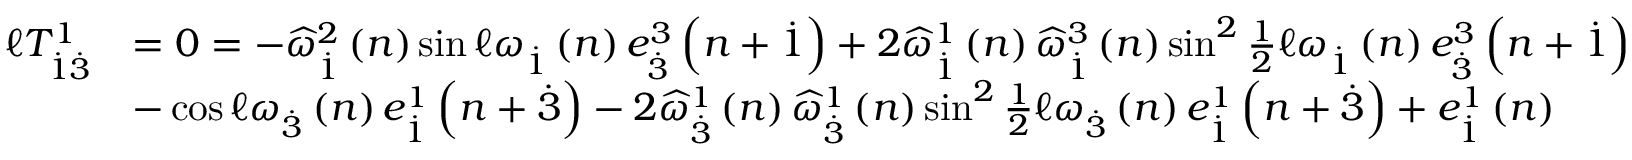
\begin{array} { r l } { \mathcal { \ell } T _ { \overset { . } { 1 } \overset { . } { 3 } } ^ { 1 } } & { = 0 = - \widehat { \omega } _ { \overset { . } { 1 } } ^ { 2 } \left( n \right) \sin \mathcal { \ell } \omega _ { \overset { . } { 1 } } \left( n \right) e _ { \overset { . } { 3 } } ^ { 3 } \left( n + \overset { . } { 1 } \right) + 2 \widehat { \omega } _ { \overset { . } { 1 } } ^ { 1 } \left( n \right) \widehat { \omega } _ { \overset { . } { 1 } } ^ { 3 } \left( n \right) \sin ^ { 2 } \frac { 1 } { 2 } \mathcal { \ell } \omega _ { \overset { . } { 1 } } \left( n \right) e _ { \overset { . } { 3 } } ^ { 3 } \left( n + \overset { . } { 1 } \right) } \\ & { - \cos \mathcal { \ell } \omega _ { \overset { . } { 3 } } \left( n \right) e _ { \overset { . } { 1 } } ^ { 1 } \left( n + \overset { . } { 3 } \right) - 2 \widehat { \omega } _ { \overset { . } { 3 } } ^ { 1 } \left( n \right) \widehat { \omega } _ { \overset { . } { 3 } } ^ { 1 } \left( n \right) \sin ^ { 2 } \frac { 1 } { 2 } \mathcal { \ell } \omega _ { \overset { . } { 3 } } \left( n \right) e _ { \overset { . } { 1 } } ^ { 1 } \left( n + \overset { . } { 3 } \right) + e _ { \overset { . } { 1 } } ^ { 1 } \left( n \right) } \end{array}